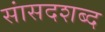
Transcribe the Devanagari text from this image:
सांसदशब्द